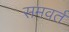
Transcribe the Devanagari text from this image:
समवर्त